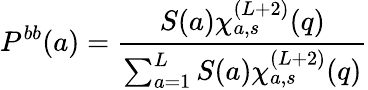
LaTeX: P^{bb}(a)=\frac{S(a)\chi_{a,s}^{(L+2)}(q)}{\sum_{a=1}^{L}S(a)\chi_{a,s}^{(L+2)}(q)}